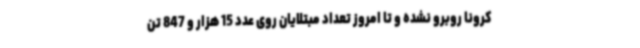
کرونا روبرو نشده و تا امروز تعداد مبتلایان روی عدد 15 هزار و 847 تن